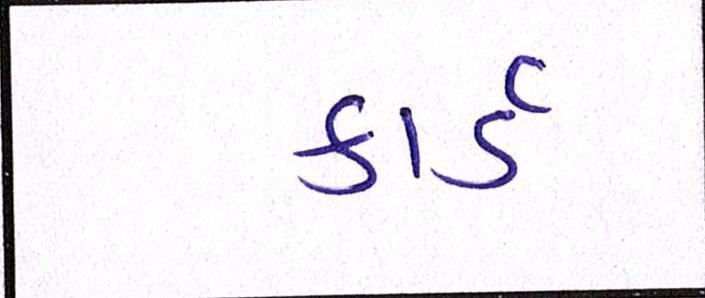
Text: કાર્ડ